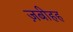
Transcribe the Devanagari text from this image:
ज़बीहह